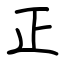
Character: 正